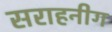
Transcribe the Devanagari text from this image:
सराहनीग